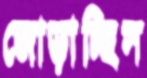
জোড়াচ্ছিস